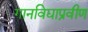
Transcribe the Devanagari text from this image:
गानविद्याप्रवीण